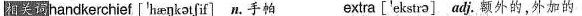
相关词handkerchief ['hæŋkətʃif] n.手帕 extra ['ekstrə] adj.额外的，外加的